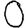
Digit: 0